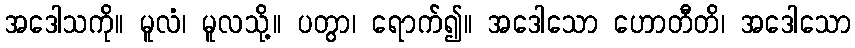
အဒေါသကို။ မူလံ၊ မူလသို့။ ပတွာ၊ ရောက်၍။ အဒေါသော ဟောတီတိ၊ အဒေါသော